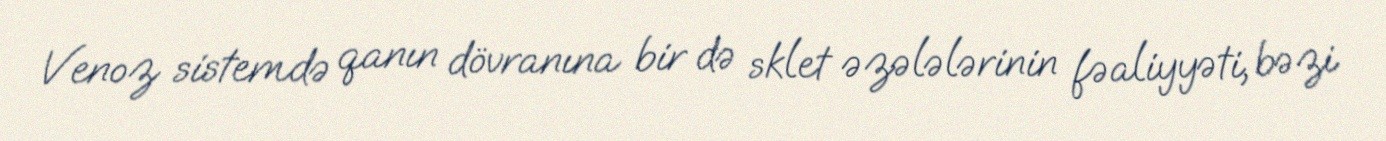
Venoz sistemdə qanın dövranına bir də sklet əzələlərinin fəaliyyəti, bəzi